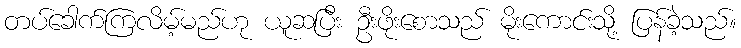
တပ်ခေါက်ကြလိမ့်မည်ဟု ယူဆပြီး ဦးဖိုးစောသည် မိုးကောင်းသို့ ပြန်ခဲ့သည်။